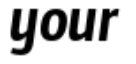
your